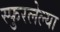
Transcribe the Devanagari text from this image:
स्फुरलेल्या